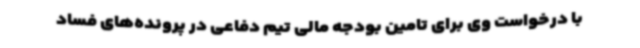
با درخواست وی برای تامین بودجه مالی تیم دفاعی در پرونده‌های فساد